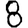
Digit: 8